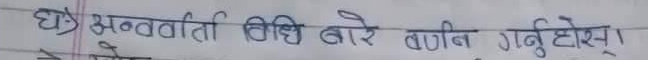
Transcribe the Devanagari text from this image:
घ) अन्तर्वार्ता विधि बारे वार्णन गर्नुहोस् ।